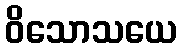
ဝိသောသယေ